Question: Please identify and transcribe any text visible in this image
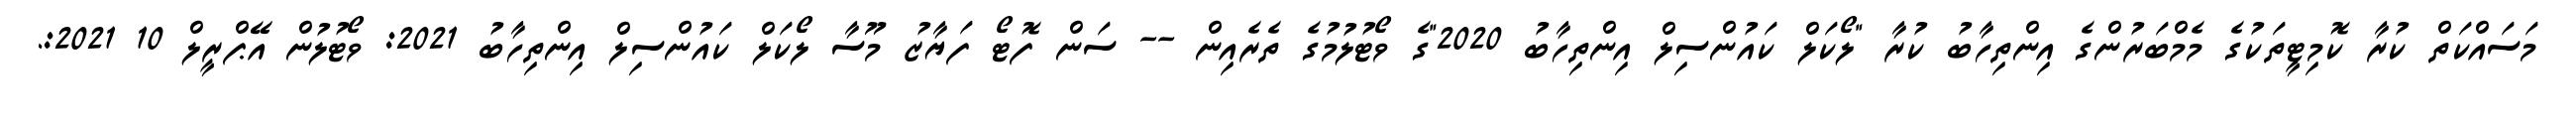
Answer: މަސައްކަތް ކުރާ ކޮމިޓީތަކުގެ މެމްބަރުންގެ އިންތިހާބު ކުރާ "ލޯކަލް ކައުންސިލް އިންތިހާބު 2020"ގެ ވޯޓުލުމުގެ ތެރެއިން -- ސަން ފޮޓޯ ފަޔާޒު މޫސާ ލޯކަލް ކައުންސިލް އިންތިހާބު 2021: ވޯޓުލުން އޭޕްރީލް 10 2021:.